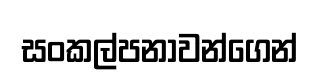
සංකල්පනාවන්ගෙන්